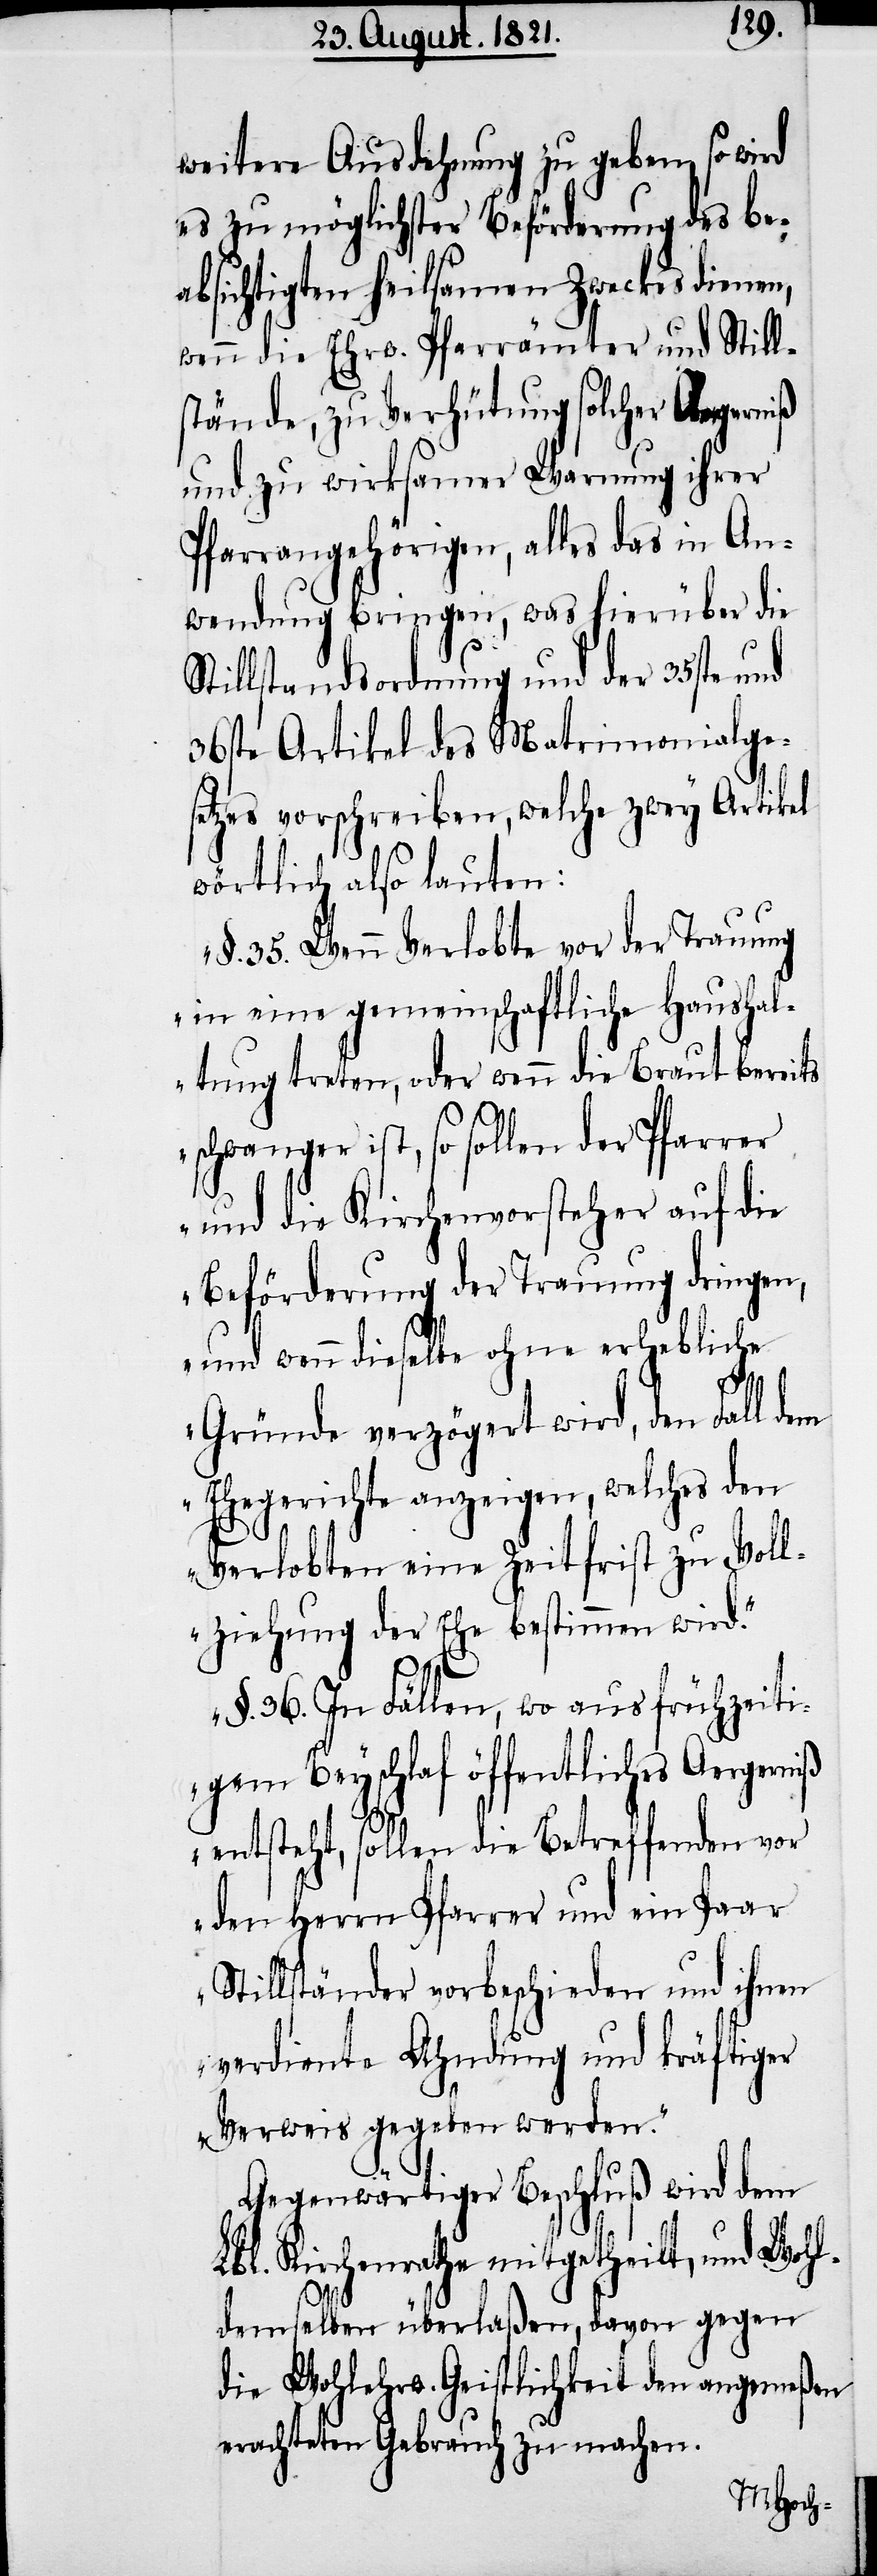
weitere Ausdehnung zu geben, so wird
es zu möglichster Beförderung des be¬
absichtigten heilsamen Zwecks dienen,
wenn die Ehrw. Pfarrämter und Stills¬
tände, zu Verhütung solcher Aergerniß
und zu wirksamer Warnung ihrer
Pfarrangehörigen, alles das in An¬
wendung bringen, was hierüber die
tillstandsordnung und der 35ste und
36ste Artikel des Matrimonialges¬
etzes vorschreiben, welche zwey Artikel
wörtlich also lauten:
„§. 35. Wenn Verlobte vor der Trauung
in eine gemeinschaftliche Haushal¬
tung treten, oder wenn die Braut bereits
schwanger ist, so sollen der Pfarrer
und die Kirchenvorsteher auf die
Beförderung der Trauung dringen,
und wenn dieselbe ohne erhebliche
L¬
Gründe verzögert wird, den Fall dem
Ehegerichte anzeigen, welches den
Verlobten eine Zeitfrist zu Voll¬
ziehung der Ehe bestimmen wird.
§. 36. In Fällen, wo aus frühzeiti¬
gem Beyschlaf öffentliches Aergerniß
entsteht, sollen die Betreffenden vor
den Herrn Pfarrer und ein Paar
Stillständer vorbeschieden und ihnen
verdiente Ahndung und kräftiger
Verweis gegeben werden.“
Gegenwärtiger Beschluß wird dem
bl. Kirchenrathe mitgetheilt, und Wohl¬
demselben überlaßen, davon gegen
die Wohlerw. Geistlichkeit den angemeßen
erachteten Gebrauch zu machen.